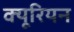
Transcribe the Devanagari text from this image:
क्यूरियन